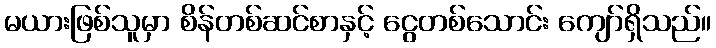
မယားဖြစ်သူမှာ စိန်တစ်ဆင်စာနှင့် ငွေတစ်သောင်း ကျော်ရှိသည်။